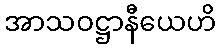
အာသဝဋ္ဌာနီယေဟိ